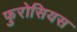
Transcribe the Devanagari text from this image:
फुरोसियस